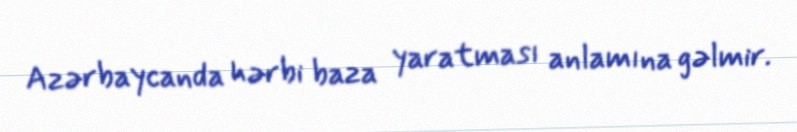
Azərbaycanda hərbi baza yaratması anlamına gəlmir.